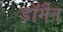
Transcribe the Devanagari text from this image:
डॉर्मैन